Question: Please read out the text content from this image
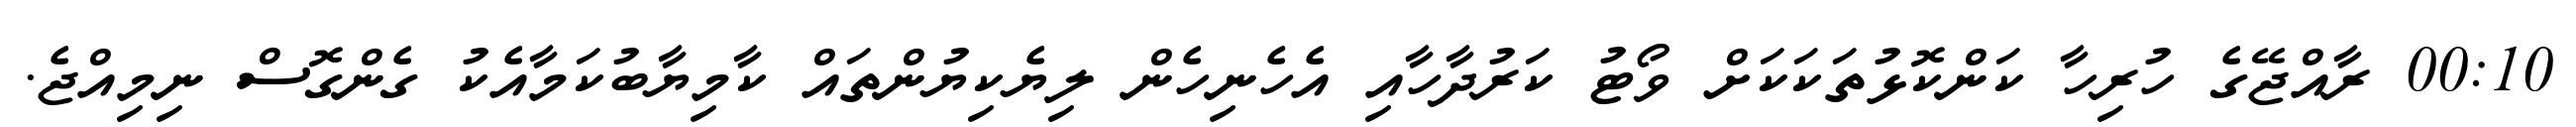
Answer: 00:10 ރާއްޖޭގެ ހުރިހާ ކަންކޮޅުތަކަކަށް ވޯޓު ކަރުދާހާއި އެހެނިހެން ލިޔެކިޔުންތައް ކާމިޔާބުކަމާއެކު ގެންގޮސް ނިމިއްޖެ.